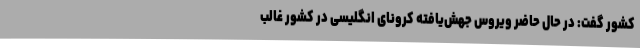
کشور گفت: در حال حاضر ویروس جهش‌یافته کرونای انگلیسی در کشور غالب